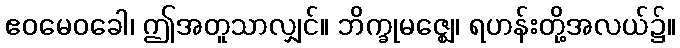
ဧဝမေဝခေါ၊ ဤအတူသာလျှင်။ ဘိက္ခုမဇ္ဈေ၊ ရဟန်းတို့အလယ်၌။